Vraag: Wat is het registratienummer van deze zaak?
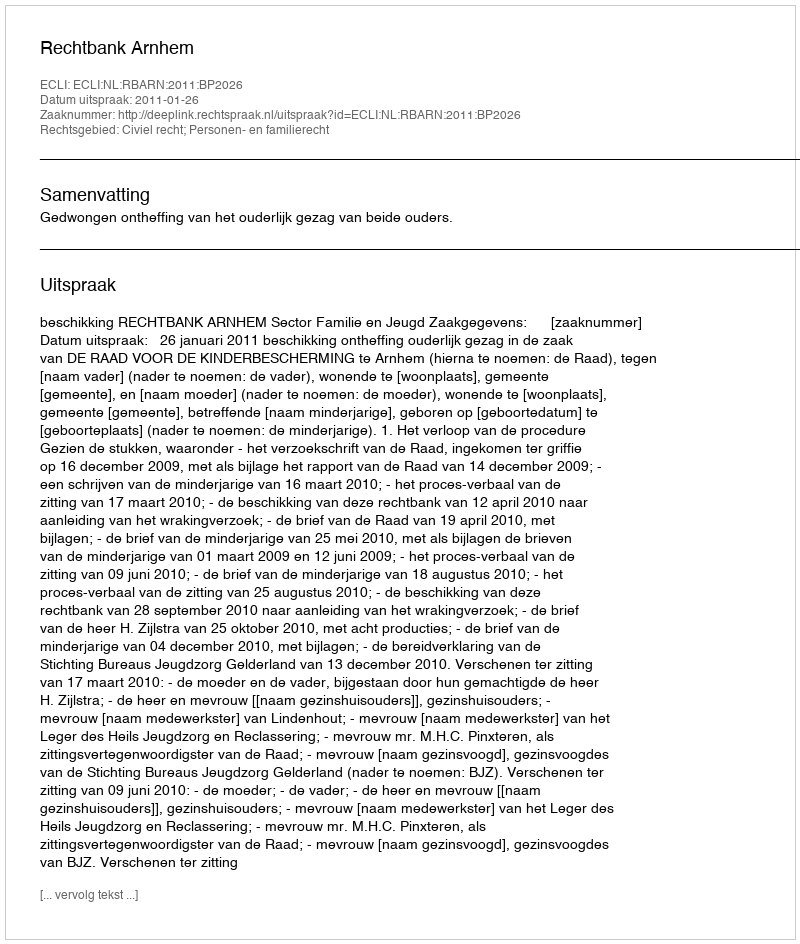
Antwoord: http://deeplink.rechtspraak.nl/uitspraak?id=ECLI:NL:RBARN:2011:BP2026